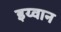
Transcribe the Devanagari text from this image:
इय्वान